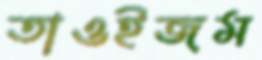
তাওইজম